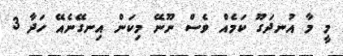
މީ މާ އުނދަގޫ ކަމެއް ވެސް ނޫނޭ މިކަން އިނގޭނެއޭ ހަދާ 3